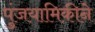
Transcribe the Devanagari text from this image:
पुंजयामिकीने